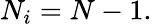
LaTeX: N_{i}=N-1.